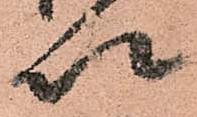
以